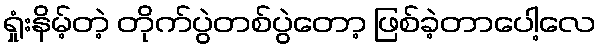
ရှုံးနိမ့်တဲ့ တိုက်ပွဲတစ်ပွဲတော့ ဖြစ်ခဲ့တာပေါ့လေ